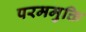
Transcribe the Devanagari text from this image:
परममुक्ति